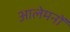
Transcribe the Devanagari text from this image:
आलेमनों